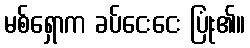
မစ်ရှောက ခပ်ငေးငေး ပြုံး၏။